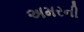
અમરની